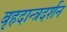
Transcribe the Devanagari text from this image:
बृहदान्त्रदर्शन